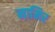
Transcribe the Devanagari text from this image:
नामिर